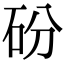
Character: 砏